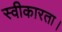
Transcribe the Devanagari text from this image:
स्वीकारता।